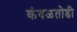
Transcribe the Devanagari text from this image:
कंबळतोडी